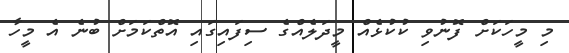
މި މީހަކަށް ފޮނުވި ކުކުޅެއް މީދަލެއްގެ ސިފައިގައި އޮތްކަމަށް ބުނެ އެ މީހާ